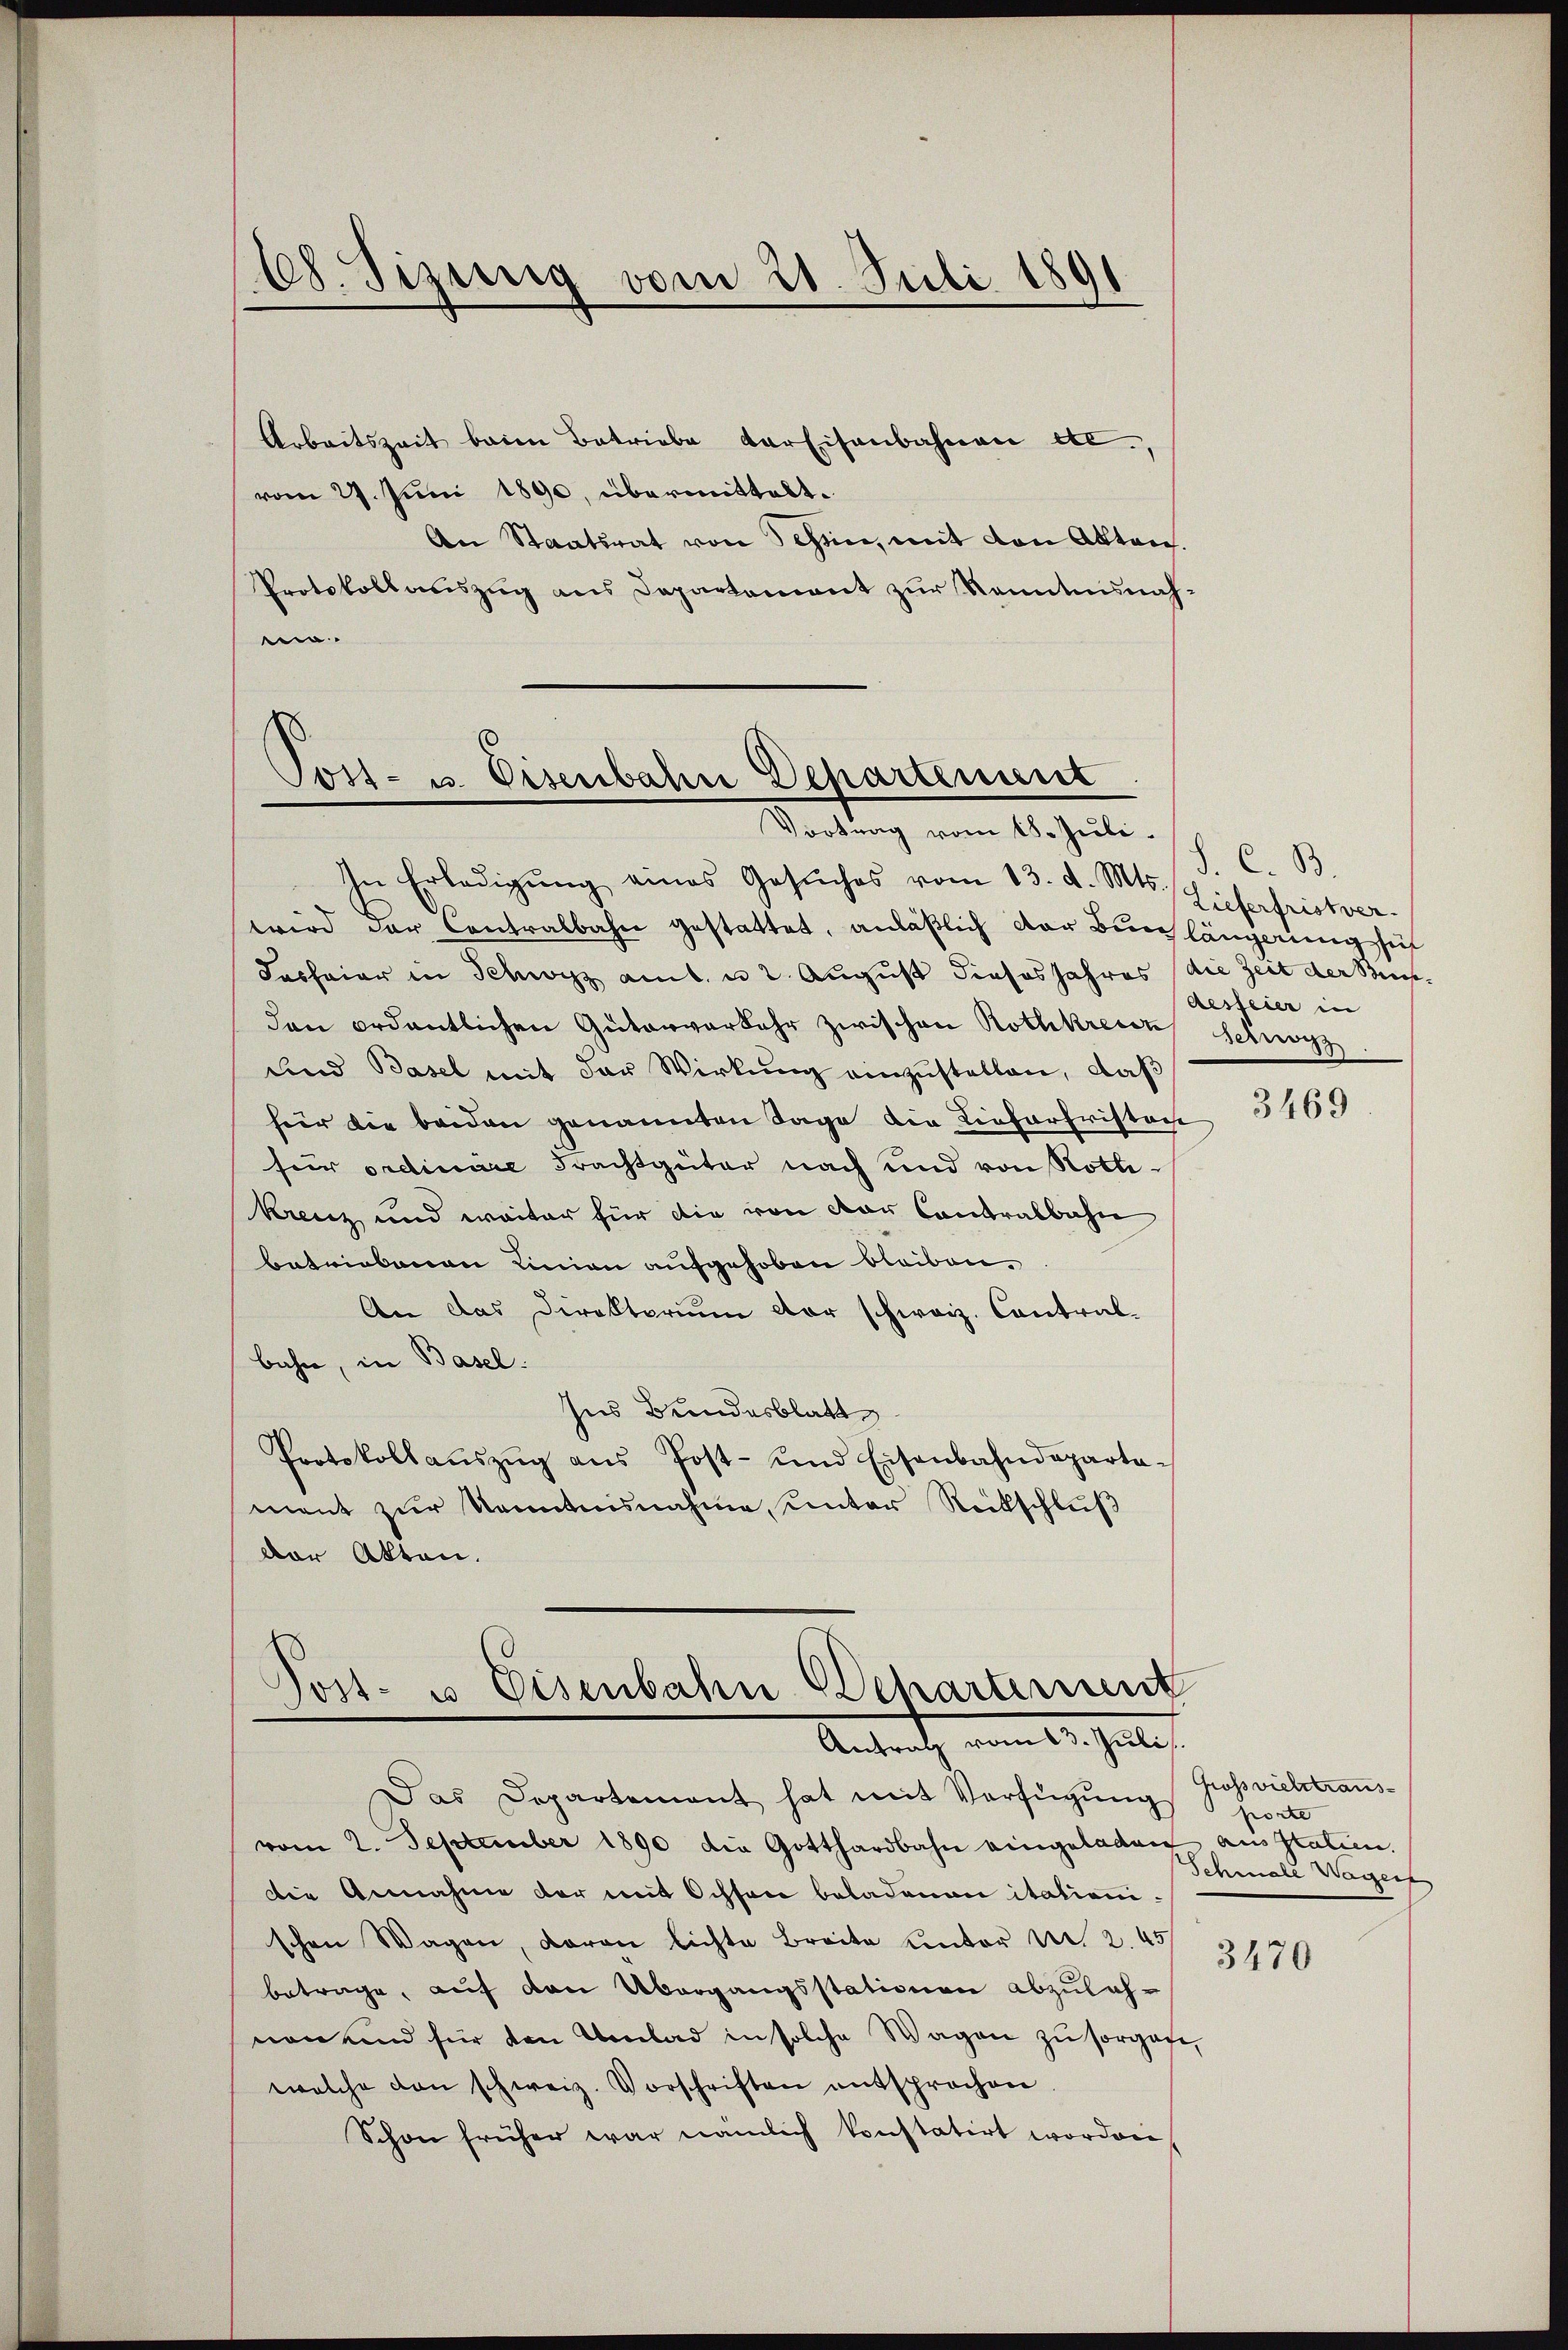
Ch. Sizinnig vom 21. Juli 1891

Arbeitszeit beim Betriebe der Eisenbahnen etc.,
vom 27. Juni 1890, übermittelt.
An Staatsrat von Schen, mit den Akten.
Protokollauszug aus Departement zur Kenntnisnahe

Post- u. Eisenbahn Departenunt

Post- u Eisenbahn Departement
Antrath, vom 15. Juli

Vortrag vom 18. Juli.
In Erledigŭng eines Gesŭches vom 13. d. Mts.
wird der Contralbahn gestattet, anläßlich der Burg längerung sich
dasfeier in Schwyz ant. u 2. August dieses Jahres die Zeit der Buchden ordentlichen Güterverkehr zwischen Rothkresen Schwyz
und Basel mit der Wirkung einzustellen, daß
für die beiden genannten Tage die Liefarfristacht
für ordinare Frachtgüter nach und von Rotli¬
Krenz und weiter für die von der Contralbahn
betriebenen Linien aufgehoben bleiben.
An das Direktorium der schweiz. Contralbahn, in Basel.
Ins Bundesblatt
Protokollaŭszŭg aŭs Post- und Eisenbahndeparta-
ment zur Kenntnisnahme unter Rückschluß
der Akten.

Das Departement hat mit Verfügŭng porte
vom 2. September 1890 die Gotthardbahn eingeladen aus Italien.
Die Annahme der mit Ochsen beladenen italienischen Wagen, daran lichte Breite unter Nr. 2. 45
betrage, auf von Übergangsstationen abzulasnen und für den Umlad in solche Wagen zu sorgane,
welche den schweiz. Vorschriften entsprochen.
Schon früher war nämlich konstatirt worden

S. C. B.
Lieferfristver
desfeier in

3469

Grossviehrtraus-
Schmale Wagerf

3470